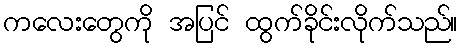
ကလေးတွေကို အပြင် ထွက်ခိုင်းလိုက်သည်။